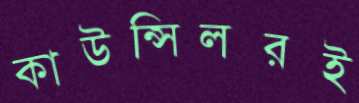
কাউন্সিলরই